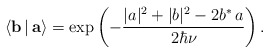
\begin{align*}\langle {\bf b}\,|\,{\bf a}\rangle =\exp\left (-\frac{|a|^2+|b|^2 -2b^*\,a}{2\hbar\nu} \right).\end{align*}